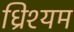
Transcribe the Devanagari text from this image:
ध्रिश्यम